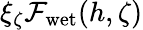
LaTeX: \xi_{\zeta}\mathcal{F}_{\mathrm{{wet}}}(h,\zeta)